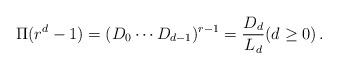
LaTeX: \begin{align*} \Pi(r^d-1)=(D_0\cdots D_{d-1})^{r-1}=\frac{D_d}{L_d}(d\ge 0)\,. \end{align*}